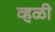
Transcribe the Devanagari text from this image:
व्हळी